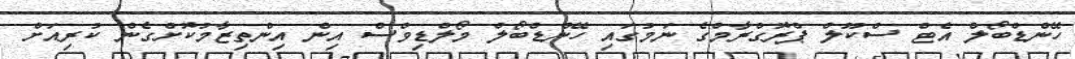
ހޭންޑްބޯލް އެޓް ސްކޫލް ޕްރޮގްރާމްގެ ނަމުގައި ހޭންޑްބޯލް މޯލްޑިވްސް އިން އިންތިޒާމުކޮށްގެން ކުރިއަށް